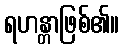
ရဟန္တာဖြစ်၏။